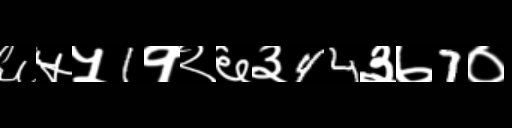
Text: ६५५1१२६३44३७7०